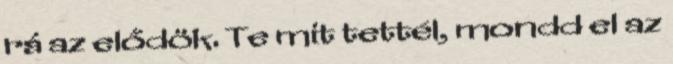
rá az elődök. Te mit tettél, mondd el az